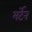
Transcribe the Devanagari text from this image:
मर्टेन